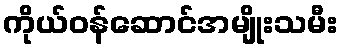
ကိုယ်ဝန်ဆောင်အမျိုးသမီး